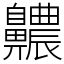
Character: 齈